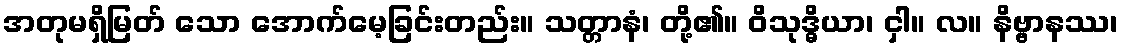
အတုမရှိမြတ် သော အောက်မေ့ခြင်းတည်း။ သတ္တာနံ၊ တို့၏။ ဝိသုဒ္ဓိယာ၊ ငှါ။ လ။ နိဗ္ဗာနဿ၊